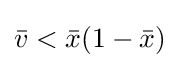
{\bar {v}}<{\bar {x}}(1-{\bar {x}})